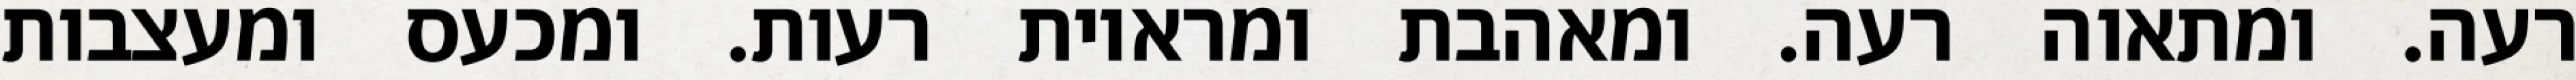
רעה. ומתאוה רעה. ומאהבת ומראיות רעות. ומכעס ומעצבות